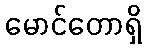
မောင်တောရှိ